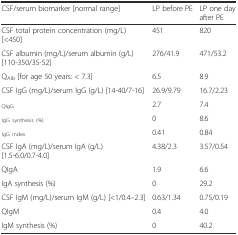
<table><thead><tr><td><b>CSF/serum biomarker [normal range]</b></td><td><b>LP before PE</b></td><td><b>LP one day after PE</b></td></tr></thead><tbody><tr><td>CSF total protein concentration (mg/L) [&lt;450]</td><td>451</td><td>820</td></tr><tr><td>CSF albumin (mg/L)/serum albumin (g/L) [110-350/35-52]</td><td>276/41.9</td><td>471/53.2</td></tr><tr><td>Q<sub>Alb</sub> [for age 50 years: &lt; 7.3]</td><td>6.5</td><td>8.9</td></tr><tr><td>CSF IgG (mg/L)/serum IgG (g/L) [14-40/7-16]</td><td>26.9/9.79</td><td>16.7/2.23</td></tr><tr><td><sub>QIgG</sub></td><td>2.7</td><td>7.4</td></tr><tr><td><sub>IgG synthesis (%)</sub></td><td>0</td><td>8.6</td></tr><tr><td><sub>IgG index</sub></td><td>0.41</td><td>0.84</td></tr><tr><td>CSF IgA (mg/L)/serum IgA (g/L) [1.5-6.0/0.7-4.0]</td><td>4.38/2.3</td><td>3.57/0.54</td></tr><tr><td>QIgA</td><td>1.9</td><td>6.6</td></tr><tr><td>IgA synthesis (%)</td><td>0</td><td>29.2</td></tr><tr><td>CSF IgM (mg/L)/serum IgM (g/L) [&lt;1/0.4–2.3]</td><td>0.63/1.34</td><td>0.75/0.19</td></tr><tr><td>QIgM</td><td>0.4</td><td>4.0</td></tr><tr><td>IgM synthesis (%)</td><td>0</td><td>40.2</td></tr></tbody></table>